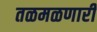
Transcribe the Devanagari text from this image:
तळमळणारी